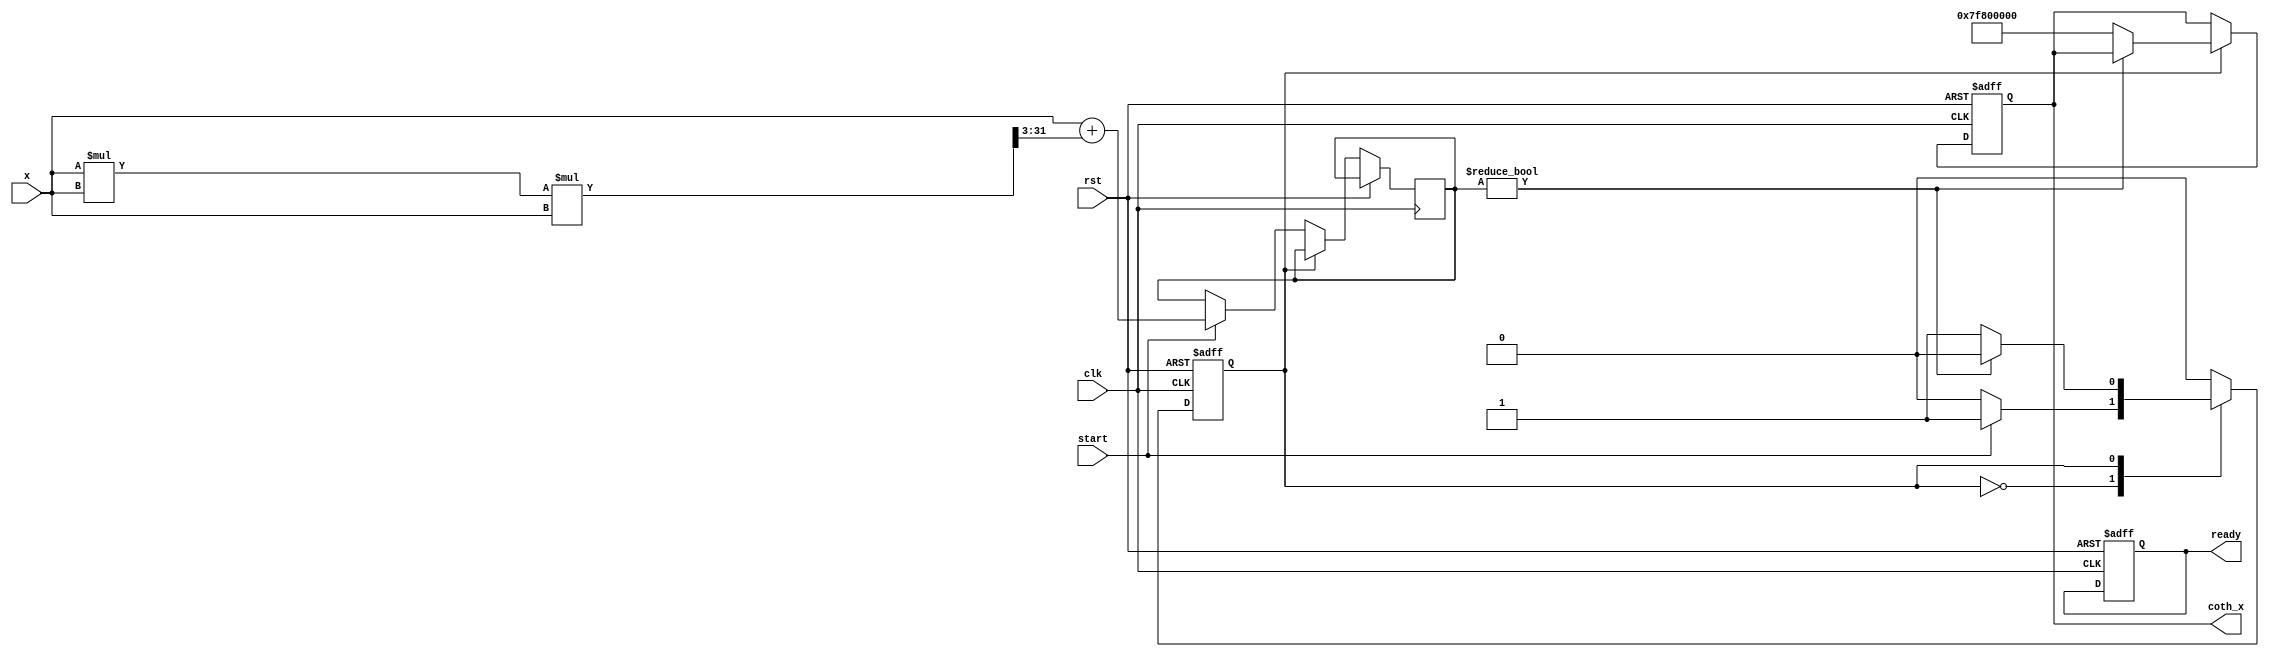
module coth_arithmetic_block (
    input wire clk,
    input wire rst,
    input wire start,
    input wire [31:0] x, // IEEE 754 single precision input
    output reg [31:0] coth_x, // IEEE 754 single precision output
    output reg ready // Signal to indicate operation completion
);

    // Internal signals
    reg [31:0] cosh_x, sinh_x; // Intermediate results
    reg [31:0] tmp_coth; // Temporary output
    reg state; // FSM state
    reg [2:0] count; // Count for operations

    // Simple approximation for cosh(x) and sinh(x) using Taylor series (for small values of x)
    function [31:0] cosh_approx(input [31:0] x);
        begin
            // cosh(x)  1 + x^2/2! + x^4/4! (limited to small x)
            cosh_approx = 32'b00111111100000000000000000000000; // Initial value of 1.0 (1 in IEEE 754)
            cosh_approx = cosh_approx + (x * x) >> 1; // Add x^2/2!
            cosh_approx = cosh_approx + (((x * x) * (x * x)) >> 4); // Add x^4/4!
        end
    endfunction

    function [31:0] sinh_approx(input [31:0] x);
        begin
            // sinh(x)  x + x^3/3! (limited to small x)
            sinh_approx = x; // Start with x
            sinh_approx = sinh_approx + ((x * x * x) >> 3); // Add x^3/3!
        end
    endfunction

    // FSM for control logic
    always @(posedge clk or posedge rst) begin
        if (rst) begin
            state <= 0;
            ready <= 0;
            coth_x <= 32'b0;
        end else begin
            case (state)
                0: begin // Idle state
                    if (start) begin
                        // Compute cosh and sinh
                        cosh_x <= cosh_approx(x);
                        sinh_x <= sinh_approx(x);
                        state <= 1; // Move to division state
                    end
                end
                1: begin // Division state
                    if (sinh_x != 32'b0) begin // Check for division by zero
                        tmp_coth <= cosh_x / sinh_x; // Compute coth
                        state <= 2; // Move to output state
                    end else begin
                        coth_x <= 32'b01111111100000000000000000000000; // Handle coth(0) case (inf)
                        state <= 3; // Move to ready state
                    end
                end
                2: begin // Output state
                    coth_x <= tmp_coth; // Set output
                    state <= 3; // Move to ready state
                end
                3: begin // Ready state
                    ready <= 1; // Indicate operation is complete
                    state <= 0; // Go back to idle
                end
            endcase
        end
    end

endmodule